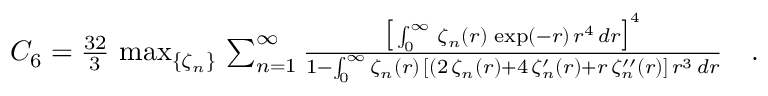
\begin{array} { r } { C _ { 6 } = \frac { 3 2 } { 3 } \, \operatorname* { m a x } _ { \{ \zeta _ { n } \} } \, \sum _ { n = 1 } ^ { \infty } \frac { \big [ \int _ { 0 } ^ { \infty } \, \zeta _ { n } ( r ) \, \exp ( - r ) \, r ^ { 4 } \, d r \big ] ^ { 4 } } { 1 - \int _ { 0 } ^ { \infty } \zeta _ { n } ( r ) \, [ ( 2 \, \zeta _ { n } ( r ) + 4 \, \zeta _ { n } ^ { \prime } ( r ) + r \, \zeta _ { n } ^ { \prime \prime } ( r ) ] \, r ^ { 3 } \, d r } \quad . } \end{array}